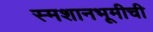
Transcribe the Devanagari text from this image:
स्मशानभूमीची